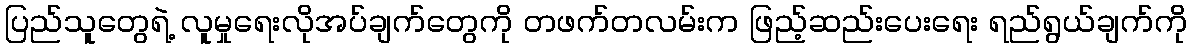
ပြည်သူတွေရဲ့ လူမှုရေးလိုအပ်ချက်တွေကို တဖက်တလမ်းက ဖြည့်ဆည်းပေးရေး ရည်ရွယ်ချက်ကို